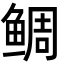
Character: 鲷